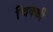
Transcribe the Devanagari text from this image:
चिक्‍की